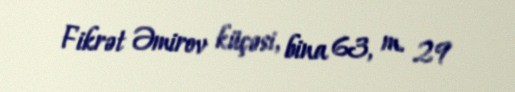
Fikrət Əmirov küçəsi, bina 63, m. 29